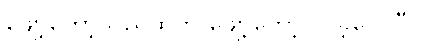
ဖျော့တော့သည်ထက် ဖျော့တော့လာခဲ့လေပြီ။